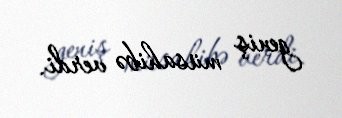
geniş müsahibə verdi.